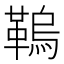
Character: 𩌗